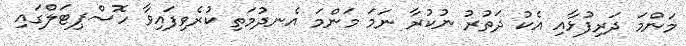
މަންމަ ދަރިފުޅާއި އެކު ދަތުރު ނުކުރާ ނަމަ މަންމަ އެނދުމަތި ކުރެވިފައިވާ ހޮސްޕިޓަލްގައި